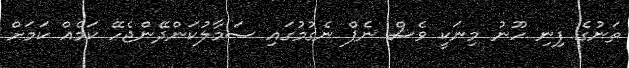
ތަނުގެ ފިނި ހޫނު މިނަކީ ވެސް ނެޕް ނެގުމުގައި ސަމާލުކަންދޭންޖެހޭ ކަމެއް ކަމަށް